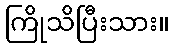
ကြိုသိပြီးသား။